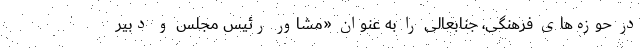
در حوزه‌های فرهنگی، جنابعالی را به عنوان «مشاور رئیس مجلس و دبیر